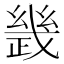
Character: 𢨂